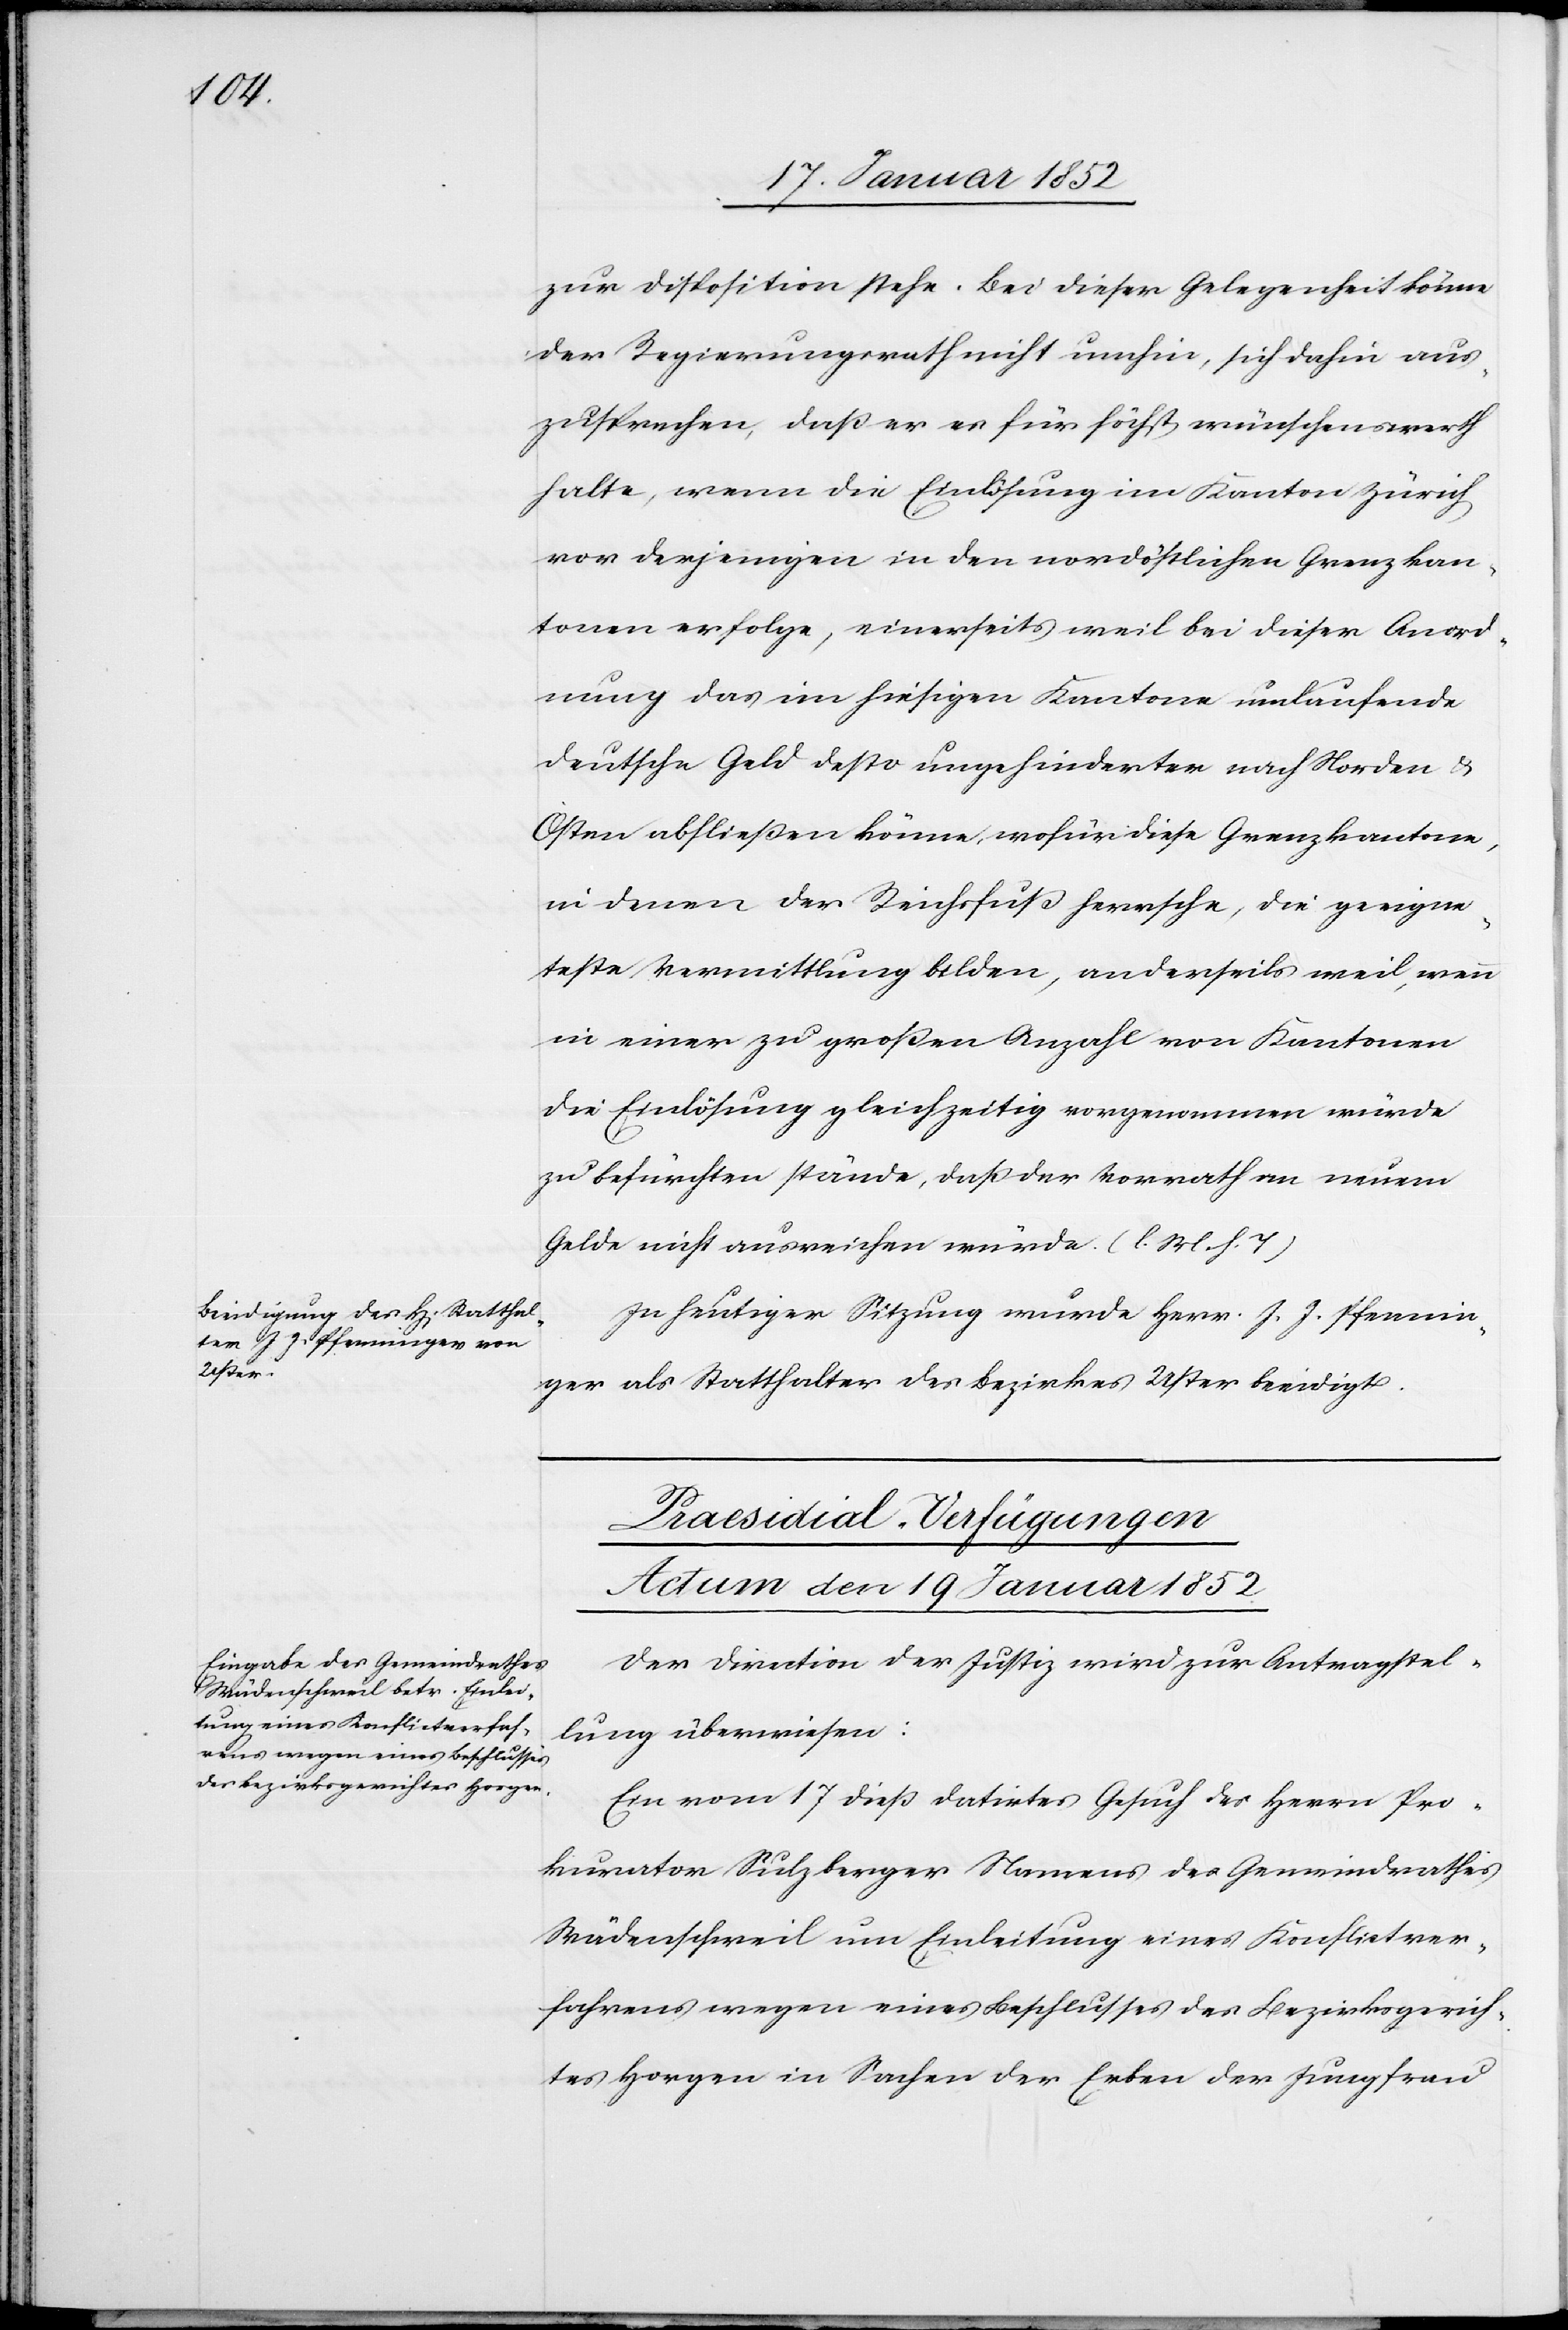
zur Disposition stehe. Bei dieser Gelegenheit komme
der Regierungsrath nicht umhin, sich dahin aus¬
zusprechen, daß er es für höchst wünschenswerth
halte, wenn die Einlösung im Kanton Zürich
vor derjenigen in den nordöstlichen Grenzkan¬
tonen erfolge, einerseits weil bei dieser Anord¬
nung das im hiesigen Kantone umlaufende
deutsche Geld desto ungehinderter nach Norden u.
Osten abfließen könne, wofür diese Grenzkantone,
in denen der Reichsfuß herrsche, die geeigne¬
teste Vermittlung bilden, anderseits weil, wenn
in einer großen Anzahl von Kantonen
die Einlösung gleichzeitig vorgenommen würde,
zu befürchten wäre, daß der Vorrath an neuem
Gelde nicht ausreichen würde. (l. M. h. T)
In heutiger Sitzung wurde Herr J. J. Pfennin¬
ger als Statthalter des Bezirkes Uster beeidigt.
Präsidial-Verfügungen
Actum den 19 Januar 1852
Der Direction der Justiz wird zur Antragstel¬
lung überwiesen:
Ein vom 17 dieß datirtes Gesuch des Herrn Pro¬
kurator Sulzberger Namens des Gemeindrathes
Wädenschweil um Einleitung eines Konflictver¬
fahrens wegen eines Beschlusses des Bezirksgerich¬
tes Horgen in Sachen der Erben der Jungfrau